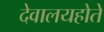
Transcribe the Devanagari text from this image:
देवालयहोते